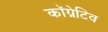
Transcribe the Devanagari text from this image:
कॉग्नेटिव